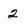
Character: 2